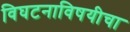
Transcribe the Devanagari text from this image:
विघटनाविषयीचा